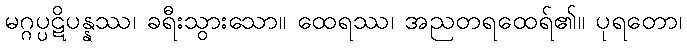
မဂ္ဂပ္ပဋိပန္နဿ၊ ခရီးသွားသော။ ထေရဿ၊ အညတရထေရ်၏။ ပုရတော၊